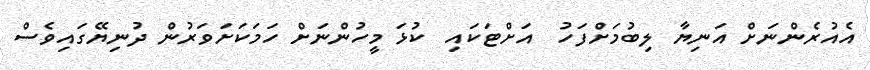
އެއުރެންނަށް އަނިޔާ ލިބުމަށްފަހު  އަށްޓަކައި  ކުޅަ މީހުންނަށް ހަމަކަށަވަރުން ދުނިޔޭގައިވެސް